Lunatic asylums Bombay report 1891-1903 - 1891-1903
Year: 1891
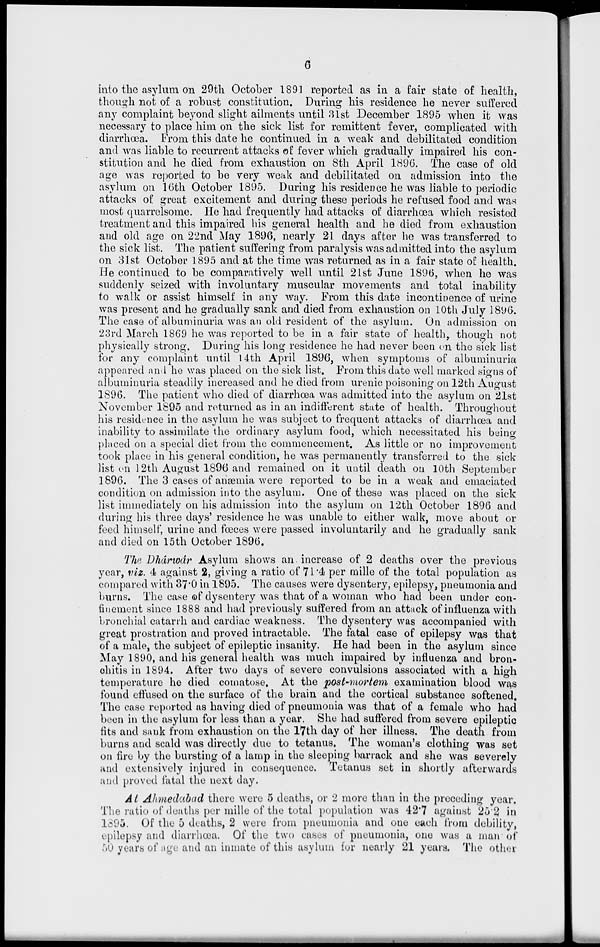
6
into the asylum on 29th October 1891 reported as in a fair state of health,
though not of a robust constitution. During his residence he never suffered
any complaint beyond slight ailments until 31st December 1895 when it was
necessary to place him on the sick list for remittent fever, complicated with
diarrhœa. From this date he continued in a weak and debilitated condition
and was liable to recurrent attacks of fever which gradually impaired his con-
stitution and he died from exhaustion on 8th April 1896. The case of old
age was reported to be very weak and debilitated on admission into the
asylum on 16th October 1895. During his residence he was liable to periodic
attacks of great excitement and during these periods he refused food and was
most quarrelsome. He had frequently had attacks of diarrhœa which resisted
treatment and this impaired his general health and he died from exhaustion
and old age on 22nd May 1896, nearly 21 days after he was transferred to
the sick list. The patient suffering from paralysis was admitted into the asylum
on 31st October 1895 and at the time was returned as in a fair state of health.
He continued to be comparatively well until 21st June 1896, when he was
suddenly seized with involuntary muscular movements and total inability
to walk or assist himself in any way. From this date incontinence of urine
was present and he gradually sank and died from exhaustion on 10th July 1896.
The case of albuminuria was an old resident of the asylum. On admission on
23rd March 1869 he was reported to be in a fair state of health, though not
physically strong. During his long residence he had never been on the sick list
for any complaint until 14th April 1896, when symptoms of albuminuria
appeared and he was placed on the sick list. From this date well marked signs of
albuminuria steadily increased and he died from urenic poisoning on 12th August
1896. The patient who died of diarrhœa was admitted into the asylum on 21st
November 1895 and returned as in an indifferent state of health. Throughout
his residence in the asylum he was subject to frequent attacks of diarrhœa and
inability to assimilate the ordinary asylum food, which necessitated his being
placed on a special diet from the commencement. As little or no improvement
took place in his general condition, he was permanently transferred to the sick
list on 12th August 1896 and remained on it until death on 10th September
1896. The 3 cases of anæmia were reported to be in a weak and emaciated
condition on admission into the asylum. One of these was placed on the sick
list immediately on his admission into the asylum on 12th October 1896 and
during his three days' residence he was unable to either walk, move about or
feed himself, urine and fœces were passed involuntarily and he gradually sank
and died on 15th October 1896.
The Dhárwár Asylum shows an increase of 2 deaths over the previous
year, viz. 4 against 2, giving a ratio of 71.4 per mille of the total population as
compared with 37.0 in 1895. The causes were dysentery, epilepsy, pneumonia and
burns. The case of dysentery was that of a woman who had been under con-
finement since 1888 and had previously suffered from an attack of influenza with
bronchial catarrh and cardiac weakness. The dysentery was accompanied with
great prostration and proved intractable. The fatal case of epilepsy was that
of a male, the subject of epileptic insanity. He had been in the asylum since
May 1890, and his general health was much impaired by influenza and bron-
chitis in 1894. After two days of severe convulsions associated with a high
temperature he died comatose. At the post-mortem examination blood was
found effused on the surface of the brain and the cortical substance softened.
The case reported as having died of pneumonia was that of a female who had
been in the asylum for less than a year. She had suffered from severe epileptic
fits and sank from exhaustion on the 17th day of her illness. The death from
burns and scald was directly due to tetanus. The woman's clothing was set
on fire by the bursting of a lamp in the sleeping barrack and she was severely
and extensively injured in consequence. Tetanus set in shortly afterwards
and proved fatal the next day.
At Ahmedabad there were 5 deaths, or 2 more than in the preceding year.
The ratio of deaths per mille of the total population was 42.7 against 25.2 in
1895. Of the 5 deaths, 2 were from pneumonia and one each from debility,
epilepsy and diarrhœa. Of the two cases of pneumonia, one was a man of
50 years of age and an inmate of this asylum for nearly 21 years. The other